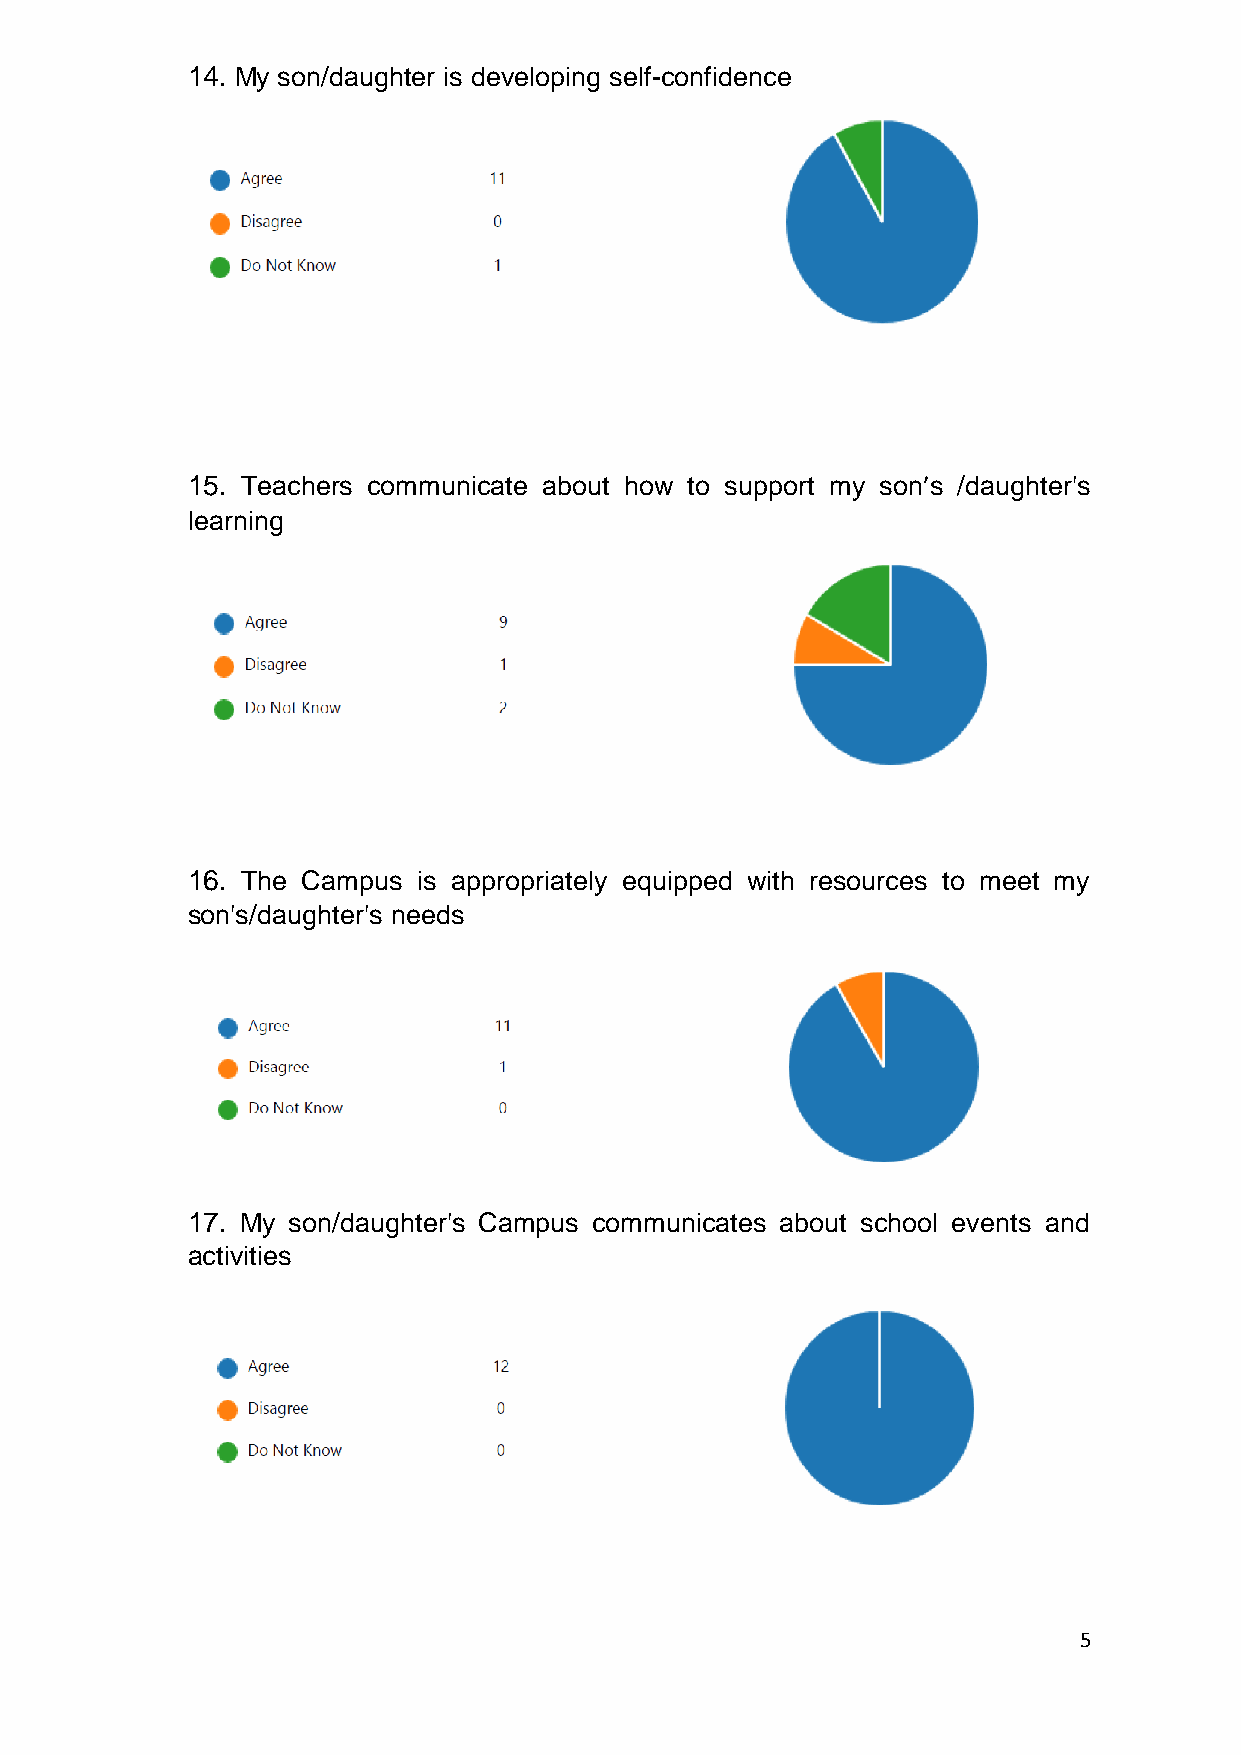
14. My son/daughter is developing self-confidence
 15. Teachers communicate about how to support my son’s /daughter's
 learning
 16. The Campus  is appropriately equipped with resources to meet my
 son's/daughter's needs
 17. My son/daughter's Campus communicates about school events and
 activities
 5